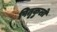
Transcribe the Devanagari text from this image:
पितृकुलों